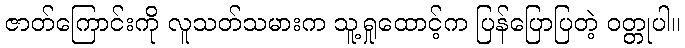
ဇာတ်ကြောင်းကို လူသတ်သမားက သူ့ရှုထောင့်က ပြန်ပြောပြတဲ့ ဝတ္တုပါ။